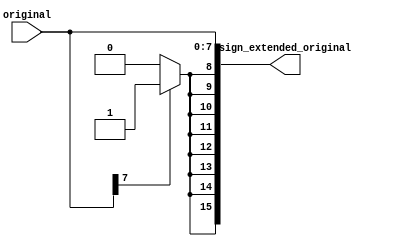
// See LICENSE for license details.

// Generic sign extension module

`timescale 1ns/1ps
module sign_extender
  #(
    parameter
    INPUT_WIDTH = 8,
    OUTPUT_WIDTH = 16
    )
  (
   input [INPUT_WIDTH-1:0] original,
   output reg [OUTPUT_WIDTH-1:0] sign_extended_original
   );

  wire [OUTPUT_WIDTH-INPUT_WIDTH-1:0] sign_extend;

  generate
    genvar                           i;
    for (i = 0; i < OUTPUT_WIDTH-INPUT_WIDTH; i = i + 1) begin : gen_sign_extend
      assign sign_extend[i]  = (original[INPUT_WIDTH-1]) ? 1'b1 : 1'b0;
    end
  endgenerate

  always @ * begin
    sign_extended_original  = {sign_extend,original};
  end

endmodule